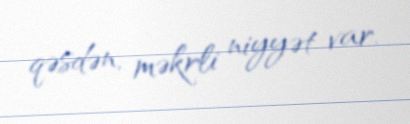
qəsdən, məkrli niyyət var.